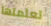
تعلمتها